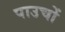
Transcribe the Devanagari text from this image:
पाउचों